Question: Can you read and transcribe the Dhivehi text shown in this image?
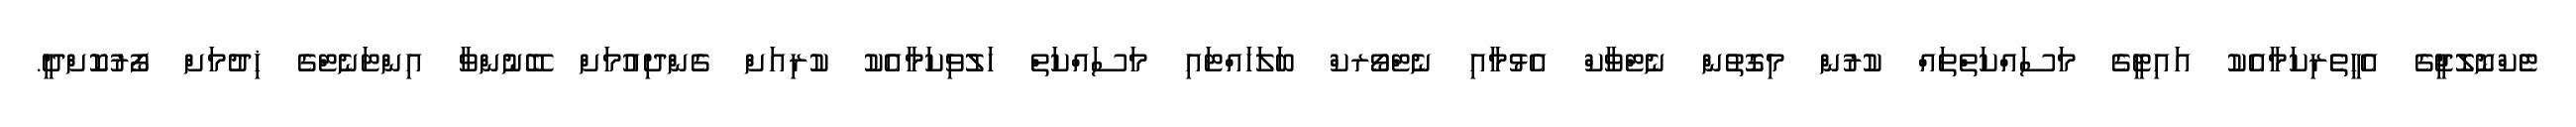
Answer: ޓެކްނޮލޮޖީގެ އެހީތެރިކަމާއެކު އައިޓީގެ މަސައްކަތްތައް ކުރުން މިގޮތުން ނެޓްވާކް އެޅުމާއި ނެޓްވޯރކް ބަލަހައްޓައި މަސައްކަތް ހަލުވިކަމާއެކު ކުރިއަށް ގެންދިއުމަށް ބޭނުންވާ އިންޓަނެޓްގެ ޚިދުމަށް ފޯރުކޮށްދީ.